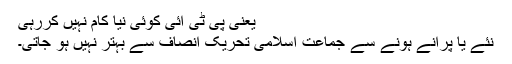
یعنی پی ٹی ائی کوئی نیا کام نہیں کررہی
نئے یا پرانے ہونے سے جماعتِ اسلامی تحریکِ انصاف سے بہتر نہیں ہو جاتی۔